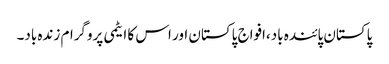
پاکستان پائندہ باد،افواج پاکستان اور اس کا ایٹمی پروگرام زندہ باد۔